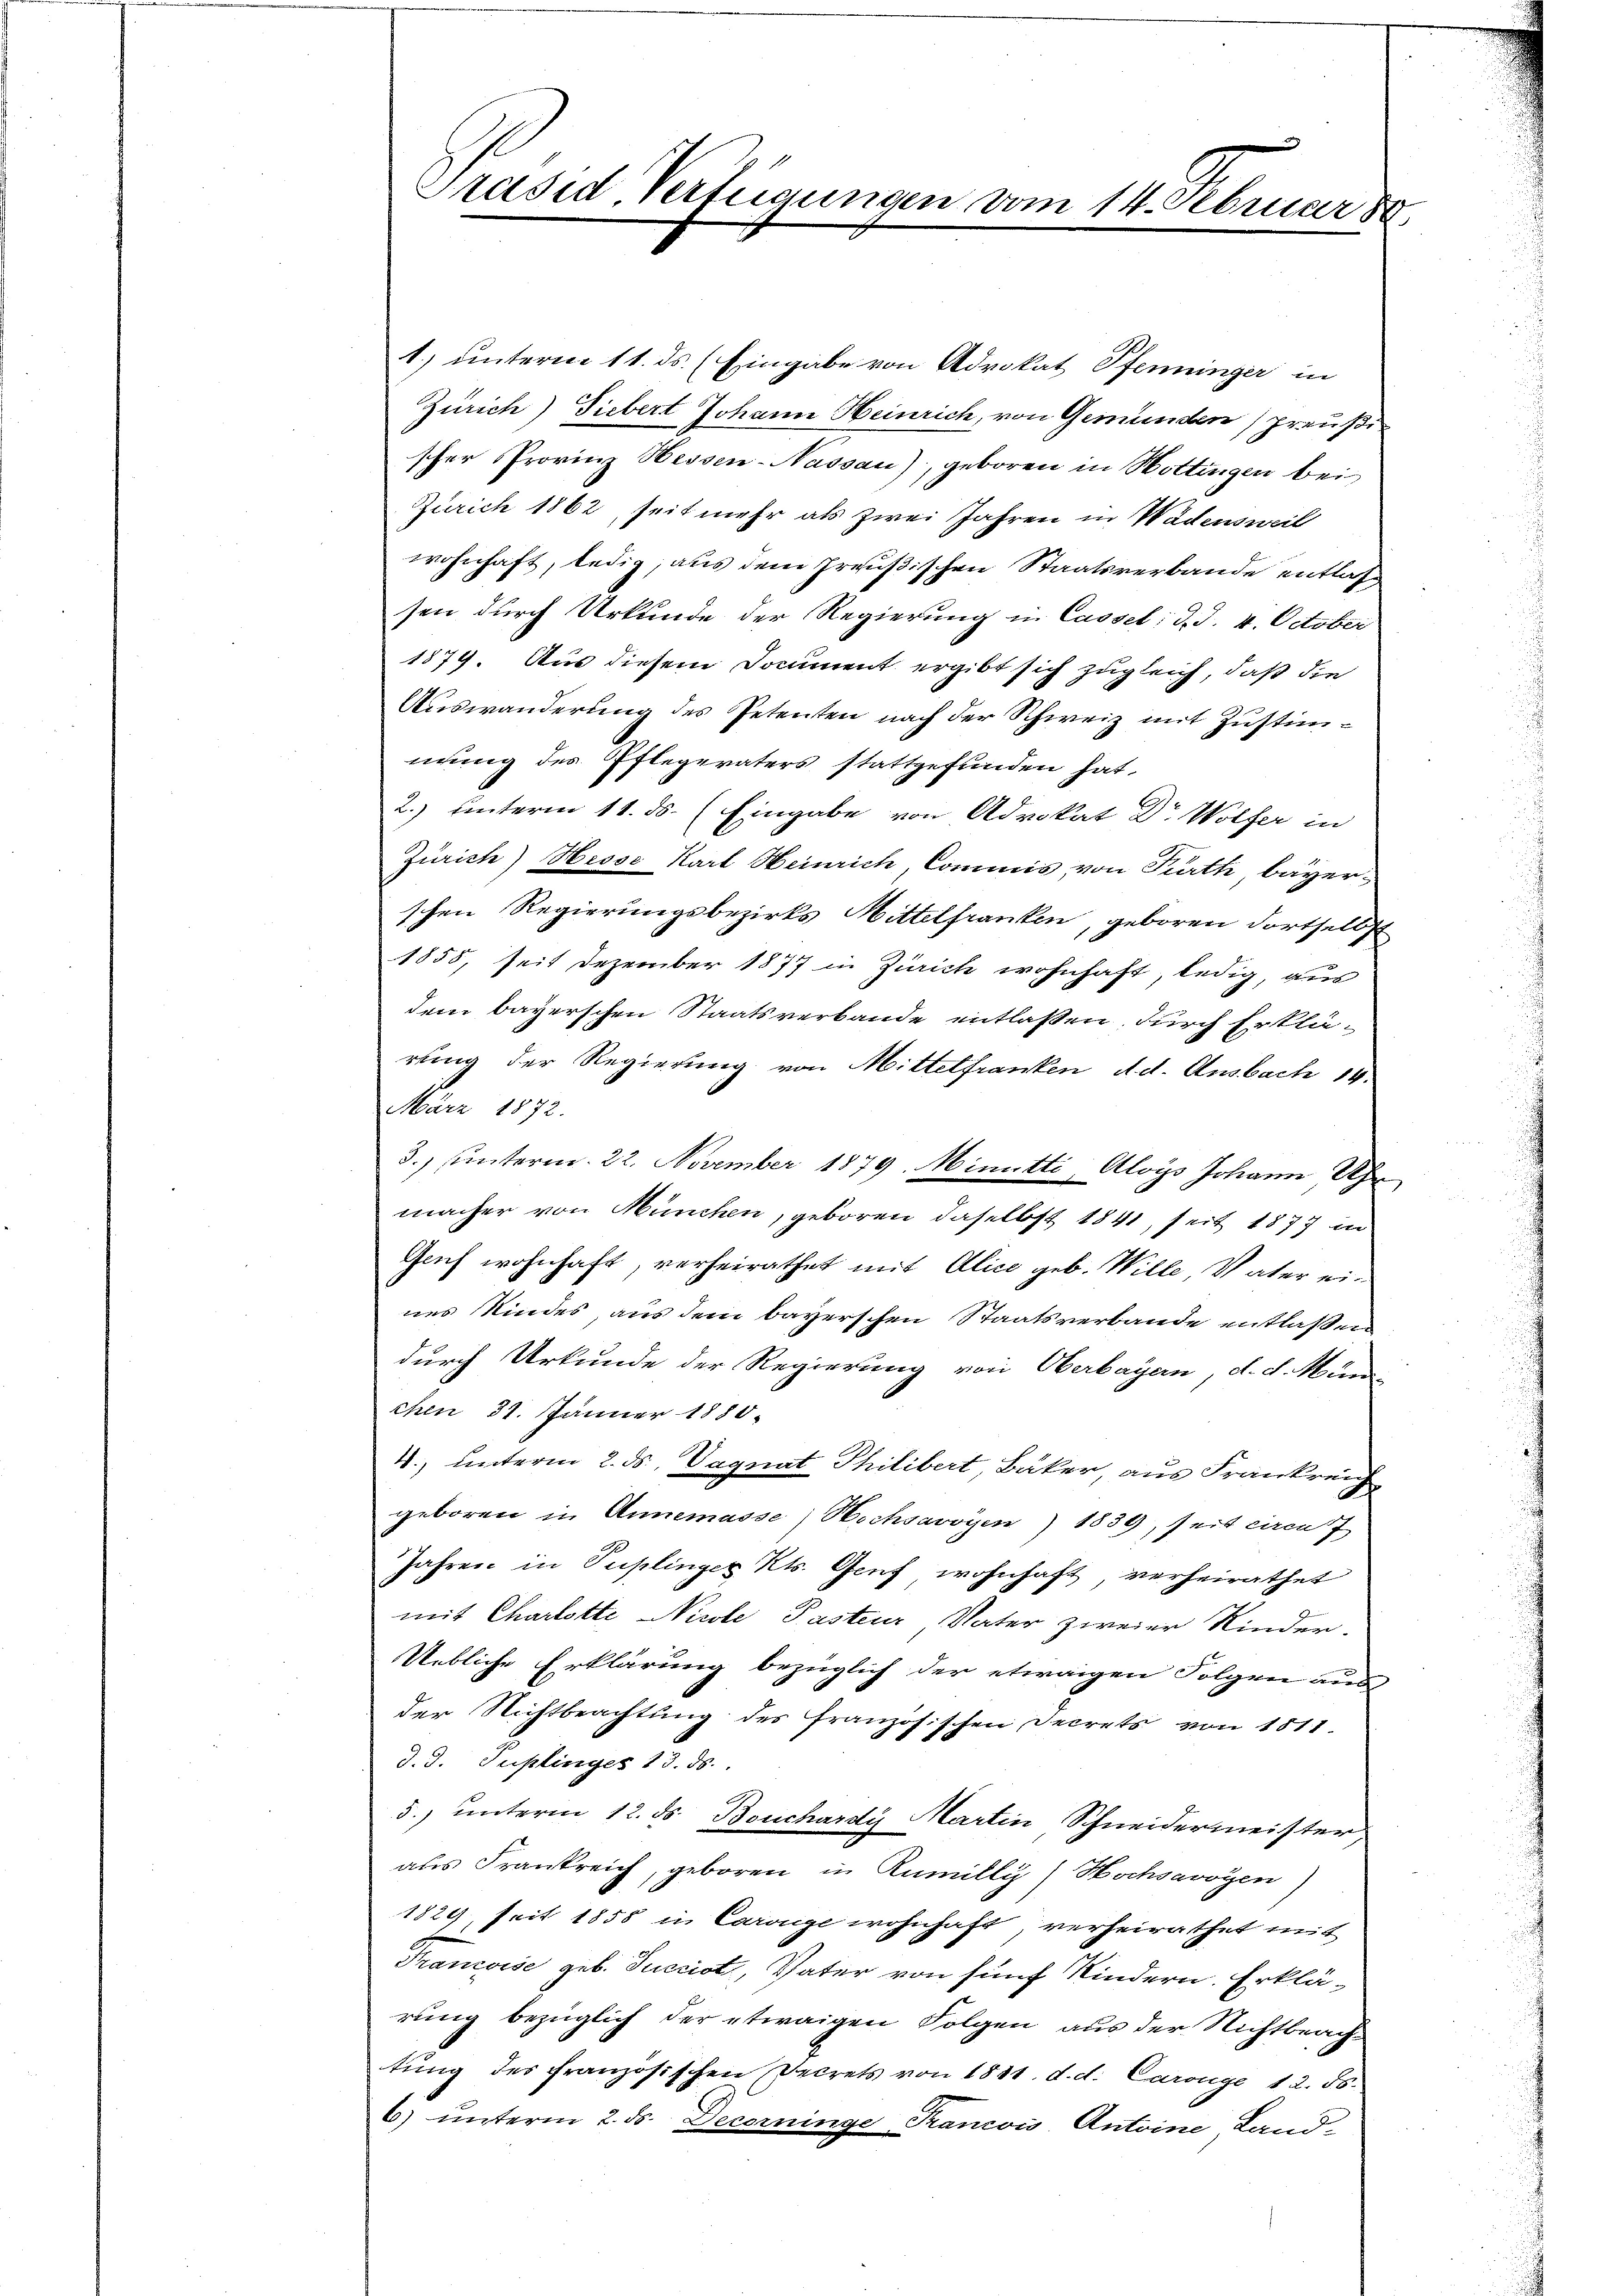
Präsid Verfügungen vom 14. Februar 8

1.) unterm 11. ds. (Eingabe von Advokat Pfenninger in
Zürich) Siebert Johann Heinrich, von Gemünden preußischer Provinz Hessen-Nassau), geboren in Hottingen bei
Zürich 1862, seit mehr als zwei Jahren in Wädensweil
wohnhaft, ledig, aus dem Preußischen Staatsverbande entlassen durch Urkunde der Regierung in Cassel: d. d. 4. October
1879. Aus diesem Document ergibt sich zugleich, daß die
Auswanderung des Petenten nach der Schweiz mit Zustimnung des Pflegeraters stattgefunden hat,
2.) unterm 11. ds. (Eingabe von Advokat Dr Wölfer in
Zürich) Hesse Karl Heinrich, Commis von Parth bayer-
schen Regierungsbezirks Wittelfranken, geboren dortselbst
1855, seit Dezember 1877 in Zürich wohnhaft, ledig, aus
dem bayerschen Staatsverbande entlassen, durch Erklä-
rung der Regierung von Mittelfranken Ad. Ansbach 14.
März 1872.
3.) unterm 22. November 1879. Minutti, Aloÿs Johann Uhr
macher von München, geboren daselbst 1841, seit 1877 in
Guch wohnhaft, verheirathet mit Alice geb. Wille, Vater ein
nes Kindes, aus dem bayerschen Staatsverbande entlaßen
durch Urkunde der Regierung von Oberbayern, d. d. Mun
chen 31. Jänner 1880.
4) unterm 2. ds. Vagnat Philibert Bäker, aus Frankreich
geboren in Annemasse, Hochsavoyen) 1839, seit circa 7
Jahren in Puplinger Kts. Genf wohnhaft, verheirathet
mit Charlotte Nicole Pastenr Vater zweier Kinder-
Uebliche Erklärung bezüglich der etwaigen Folgen aus
der Nichtbeachtung des französischen Decrets von 1811
d. d. Puplinges 13. ds.
5.) unterm 12. ds. Boucharty Martin Schneidermeister,
aus Frankreich, geboren in Rumilly, Hochsavoyen)
1829, seit 1858 in Carige wohnhaft, verheirathet mit
Trancoise geb. Succiot, Vater von fünf Kindern. Erklä-
rung bezüglich der etwaigen Folgen aus der Nichtbeachtung des französischen Decrets von 1811. d. d. Caronye 12. ds.
6) unterm 2. ds. Decorninge Trancois, Antoine Land-